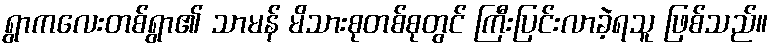
ရွာကလေးတစ်ရွာ၏ သာမန် မိသားစုတစ်စုတွင် ကြီးပြင်းလာခဲ့ရသူ ဖြစ်သည်။